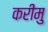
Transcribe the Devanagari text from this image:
करीमु